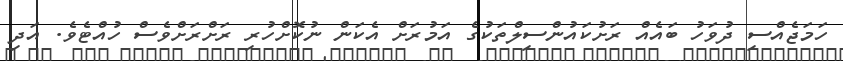
ހަމަޖެއްސި ދުވަހު ބައެއް ރަށުކައުންސިލްތަކުގެ އަމުރަށް އެކަން ނުކޮށްހުރި ރަށްރަށްވެސް ހުއްޓެވެ. އަދި